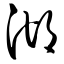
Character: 湖